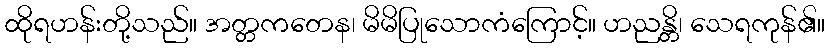
ထိုရဟန်းတို့သည်။ အတ္တကတေန၊ မိမိပြုသောကံကြောင့်။ ဟညန္တိ၊ သေရကုန်၏။